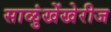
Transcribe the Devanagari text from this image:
साळुंखेंखेरीज